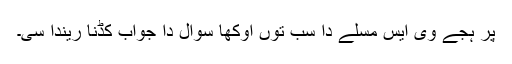
پر ہجے وی ایس مسلے دا سب توں اوکھا سوال دا جواب کڈنا ریندا سی۔